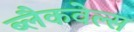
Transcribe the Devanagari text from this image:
ब्‍लैकवेल्‍स